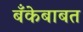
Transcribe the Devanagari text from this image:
बँकेबाबत